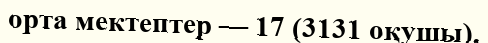
орта мектептер — 17 (3131 оқушы),